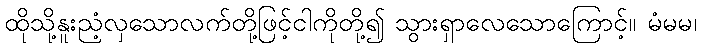
ထိုသို့နူးညံ့လှသောလက်တို့ဖြင့်ငါကိုတို့၍ သွားရှာလေသောကြောင့်။ မံမမ၊